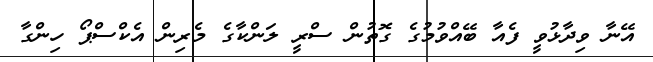
އޭނާ ވިދާޅުވީ ފެއާ ބޭއްވުމުގެ ގޮތުން ސްރީ ލަންކާގެ މެރިން އެކްސްޕޯ ހިންގާ